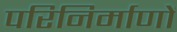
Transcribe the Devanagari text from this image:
परिनिर्माणों